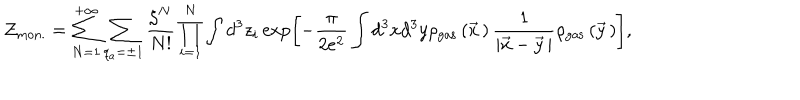
LaTeX: { \cal Z } _ { \mathrm { m o n . } } = \sum _ { N = 1 } ^ { + \infty } \sum _ { q _ { a } = \pm 1 } ^ { } \frac { \zeta ^ { N } } { N ! } \prod _ { i = 1 } ^ { N } \int d ^ { 3 } z _ { i } \exp \left[ - \frac { \pi } { 2 e ^ { 2 } } \int d ^ { 3 } x d ^ { 3 } y \rho _ { \mathrm { g a s } } \left( \vec { x } { \, } \right) \frac { 1 } { \left| \vec { x } - \vec { y } { \, } \right| } \rho _ { \mathrm { g a s } } \left( \vec { y } { \, } \right) \right] ,